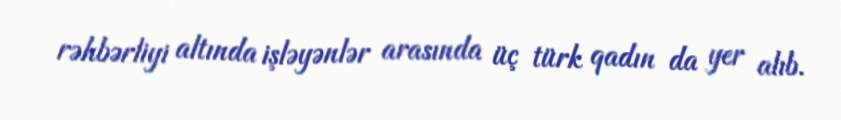
rəhbərliyi altında işləyənlər arasında üç türk qadın da yer alıb.